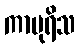
ကာပုရိသ